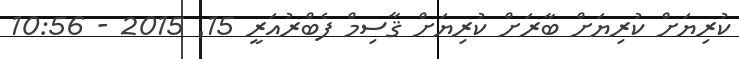
ކުރިޔަށް ކުރިޔަށް ބާރަށް ކުރިޔަށް ޤާސިމް ފެބްރުއަރީ 15